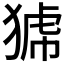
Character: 𤟝